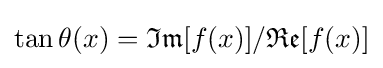
\tan \theta (x)={\mathfrak {Im}}[f(x)]/{\mathfrak {Re}}[f(x)]